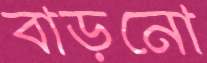
বাড়নো